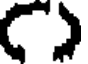
C